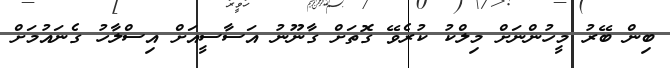
ބިން ބޭރު މީހުންނަށް މިލްކު ކުރެވޭ ގޮތަށް ގާނޫނު އަސާސީއަށް އިސްލާހު ގެނައުމަށް